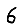
Digit: 6